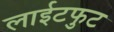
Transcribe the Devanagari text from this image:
लाईटफुट